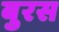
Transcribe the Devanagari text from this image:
बुरस